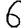
Digit: 6